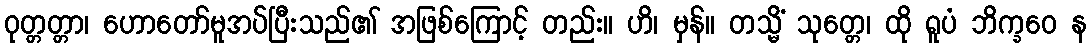
ဝုတ္တတ္တာ၊ ဟောတော်မူအပ်ပြီးသည်၏ အဖြစ်ကြောင့် တည်း။ ဟိ၊ မှန်။ တသ္မိံ သုတ္တေ၊ ထို ရူပံ ဘိက္ခဝေ န